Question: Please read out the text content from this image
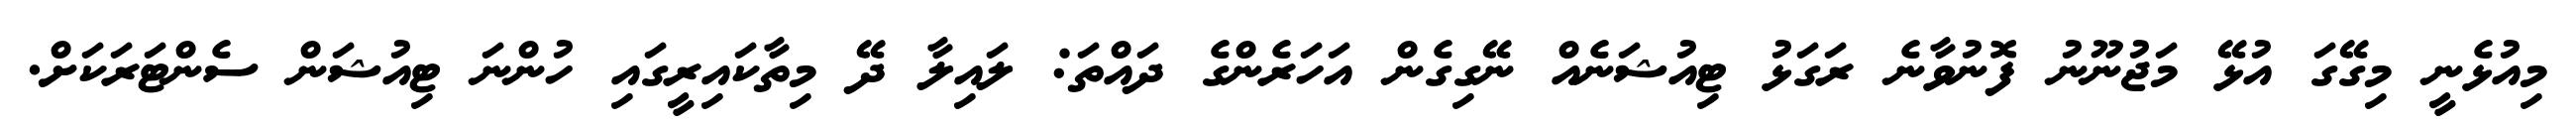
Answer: މިއުޅެނީ މިގޭގަ އުޅޭ މަޖުނޫނު ފޮނުވާނެ ރަގަޅު ޓިއުޝަނެއް ނޭގިގެން އަހަރެންގެ ދައްތަ: ލައިލާ ދޭ މިތާކައިރީގައި ހުންނަ ޓިއުޝަން ސެންޓަރަކަށް.